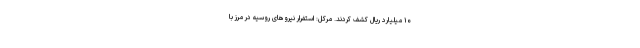
۱۰ میلیارد ریال کشف کردند. مرکل: استفرار نیروهای روسیه در مرز با